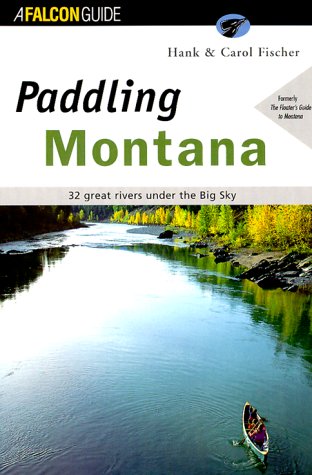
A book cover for Paddling Montana (Regional Paddling Series); Hank Fischer; Travel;